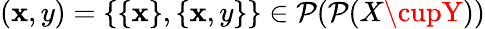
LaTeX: (\mathbf{x},y)=\{ \{ \mathbf{x}\} ,\{ \mathbf{x},y\} \} \in{\mathcal{{P}}}({\mathcal{{P}}}(X\cupY))